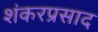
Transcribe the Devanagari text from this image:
शंकरप्रसाद